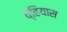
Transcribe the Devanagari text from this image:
व्हियास